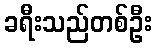
ခရီးသည်တစ်ဦး